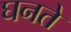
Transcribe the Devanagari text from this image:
घनते